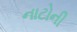
નાટોની